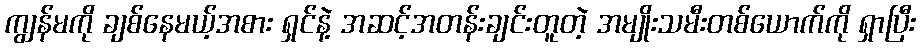
ကျွန်မကို ချစ်နေမယ့်အစား ရှင်နဲ့ အဆင့်အတန်းချင်းတူတဲ့ အမျိုးသမီးတစ်ယောက်ကို ရှာပြီး